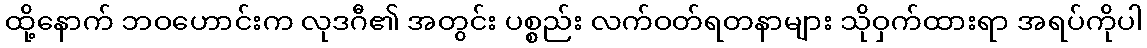
ထို့နောက် ဘဝဟောင်းက လုဒဂီ၏ အတွင်း ပစ္စည်း လက်ဝတ်ရတနာများ သိုဝှက်ထားရာ အရပ်ကိုပါ